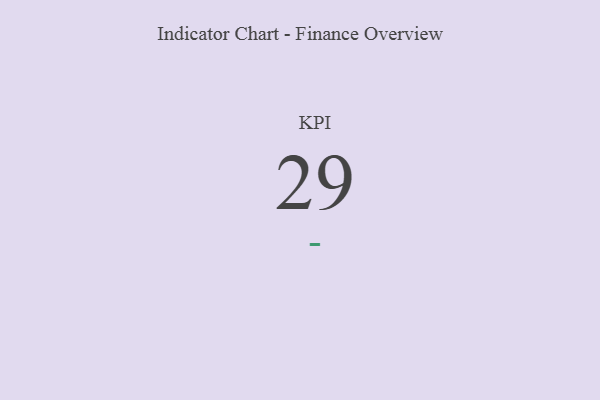
{"axis": {"x": "KPI", "y": "Value"}, "legend": [""], "data": [{"x": "KPI", "y": 29, "type": ""}]}